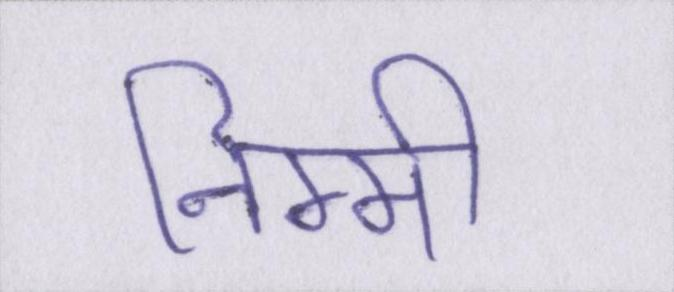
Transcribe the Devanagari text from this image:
निम्मी